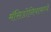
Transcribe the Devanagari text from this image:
मॅसिडोनियामध्ये